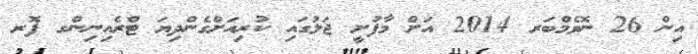
އިން 26 ނޮވެމްބަރ 2014 އަށް މާފުށީ ޖަލުގައި ކުރިއަށްގެންދިޔަ ޓްރެއިނިންގ ފޮރ